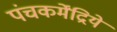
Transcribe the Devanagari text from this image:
पंचकर्मेंद्रिये